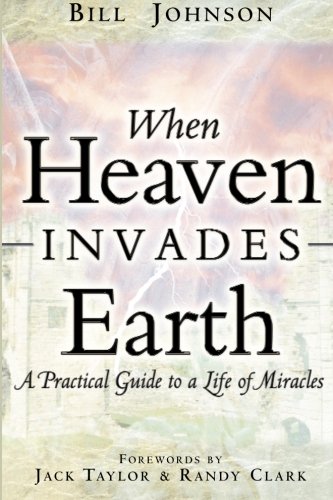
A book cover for When Heaven Invades Earth; Bill Johnson; Christian Books & Bibles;